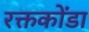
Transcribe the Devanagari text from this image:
रक्तकोंडा